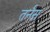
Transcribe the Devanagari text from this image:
तर्नस